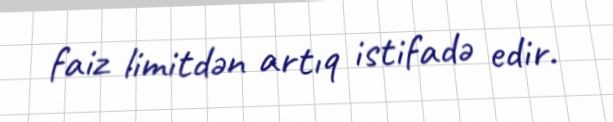
faiz limitdən artıq istifadə edir.